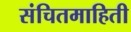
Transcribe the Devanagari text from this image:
संचितमाहिती